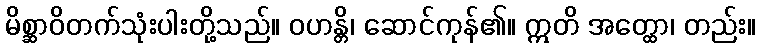
မိစ္ဆာဝိတက်သုံးပါးတို့သည်။ ဝဟန္တိ၊ ဆောင်ကုန်၏။ ဣတိ အတ္ထော၊ တည်း။